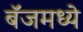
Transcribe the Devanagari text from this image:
बॅजमध्ये